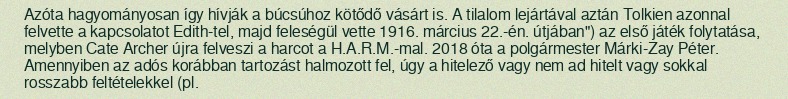
Azóta hagyományosan így hívják a búcsúhoz kötődő vásárt is. A tilalom lejártával aztán Tolkien azonnal felvette a kapcsolatot Edith-tel, majd feleségül vette 1916. március 22.-én. útjában") az első játék folytatása, melyben Cate Archer újra felveszi a harcot a H.A.R.M.-mal. 2018 óta a polgármester Márki-Zay Péter. Amennyiben az adós korábban tartozást halmozott fel, úgy a hitelező vagy nem ad hitelt vagy sokkal rosszabb feltételekkel (pl.